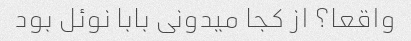
واقعا؟ از کجا میدونی بابا نوئل بود